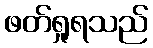
ဖတ်ရှုရသည်